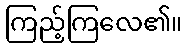
ကြည့်ကြလေ၏။